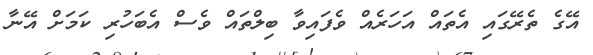
އޭގެ ތެރޭގައި އެތައް އަހަރެއް ވެފައިވާ ބިލްތައް ވެސް އެބަހުރި ކަމަށް އޭނާ